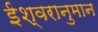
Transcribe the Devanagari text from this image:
ईश्वरानुमान